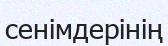
сенімдерінің